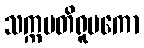
သက္ကပတိရူပကော